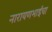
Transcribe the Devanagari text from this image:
नारायणभाईंचा